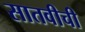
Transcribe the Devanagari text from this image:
सातवीची